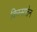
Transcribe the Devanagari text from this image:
किस्सातेन